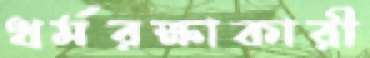
ধর্মরক্ষাকারী